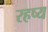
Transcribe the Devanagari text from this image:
रहष्य